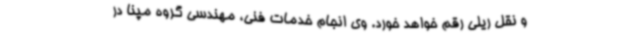
و نقل ریلی رقم خواهد خورد. وی انجام خدمات فنی، مهندسی گروه مپنا در